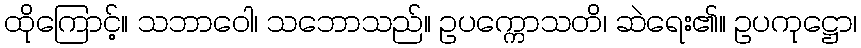
ထိုကြောင့်။ သဘာဝေါ၊ သဘောသည်။ ဥပက္ကောသတိ၊ ဆဲရေး၏။ ဥပကုဋ္ဌော၊